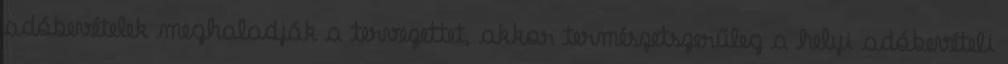
adóbevételek meghaladják a tervezettet, akkor természetszerűleg a helyi adóbevételi